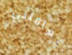
يعاملني